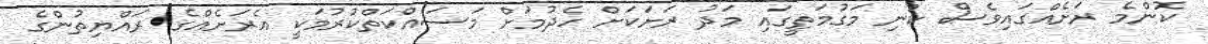
ކޮންމެ ރަށެއްގައިވެސް ކުނި މަގުމަތީގައި މަދު ރަށަކަށް ހެދުމަށް މަސައްކަތްކުރުމަކީ އެރަށެއްގެ ރައްޔިތުންގެ